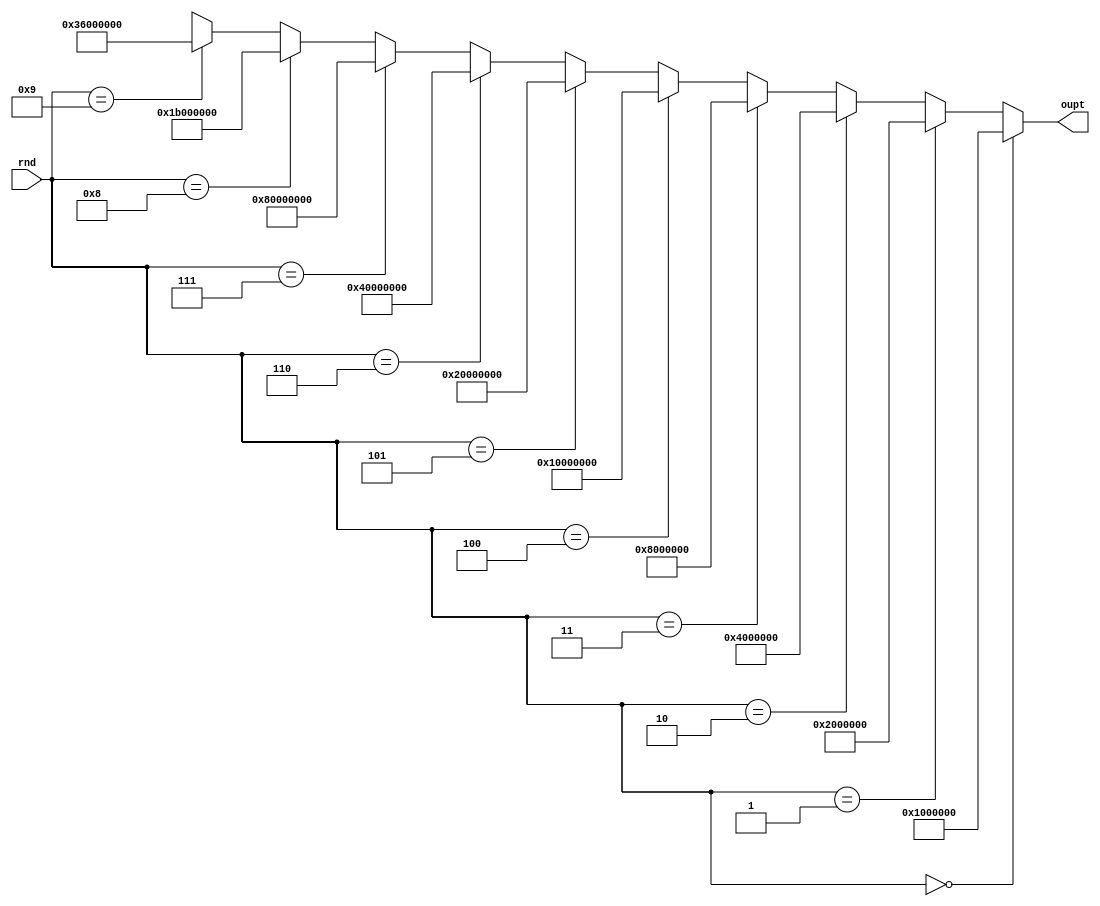
module Rcon #
(
parameter BYTE = 8,
parameter DWORD = 32,
parameter LENGTH = 128
)
(
input [ 3 : 0 ] rnd,
output [ DWORD-1 : 0 ] oupt
);
	assign oupt = (rnd == 4'd0) ? 32'h01_000000 :
		(rnd == 4'd1) ? 32'h02_000000 :
	  (rnd == 4'd2) ? 32'h04_000000 :
	  (rnd == 4'd3) ? 32'h08_000000 :
	  (rnd == 4'd4) ? 32'h10_000000 :
    (rnd == 4'd5) ? 32'h20_000000 :
	  (rnd == 4'd6) ? 32'h40_000000 :
	  (rnd == 4'd7) ? 32'h80_000000 :
	  (rnd == 4'd8) ? 32'h1b_000000 :
	  (rnd == 4'd9) ? 32'h36_000000 : 32'bxx;
endmodule